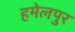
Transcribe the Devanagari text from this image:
हमेलपुर